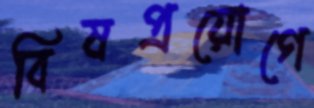
বিষপ্রয়োগে